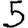
Digit: 5